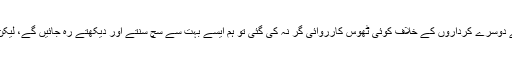
اعجاز شاہ اور ان جیسے دوسرے کرداروں کے خلاف کوئی ٹھوس کارروائی گر نہ کی گئی تو ہم ایسے بہت سے سچ سنتے اور دیکھتے رہ جائیں گے، لیکن کچھ کر نہ سکیں گے۔